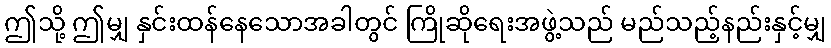
ဤသို့ ဤမျှ နှင်းထန်နေသောအခါတွင် ကြိုဆိုရေးအဖွဲ့သည် မည်သည့်နည်းနှင့်မျှ